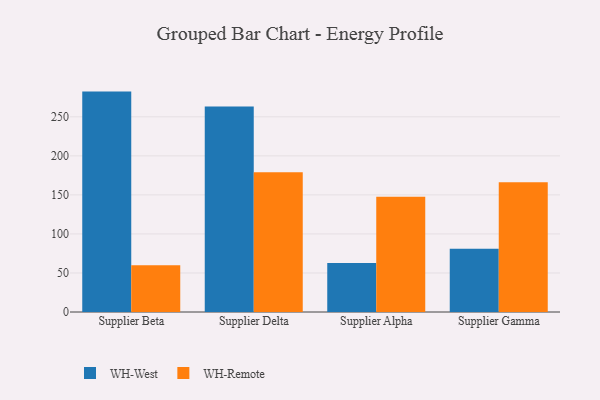
{"axis": {"x": "Supplier", "y": "Revenue (USD Million)"}, "legend": ["WH-Remote", "WH-West"], "data": [{"x": "Supplier Beta", "y": 282.3, "type": "WH-West"}, {"x": "Supplier Beta", "y": 60.0, "type": "WH-Remote"}, {"x": "Supplier Delta", "y": 263.2, "type": "WH-West"}, {"x": "Supplier Delta", "y": 179.1, "type": "WH-Remote"}, {"x": "Supplier Alpha", "y": 62.8, "type": "WH-West"}, {"x": "Supplier Alpha", "y": 147.5, "type": "WH-Remote"}, {"x": "Supplier Gamma", "y": 81.0, "type": "WH-West"}, {"x": "Supplier Gamma", "y": 166.3, "type": "WH-Remote"}]}